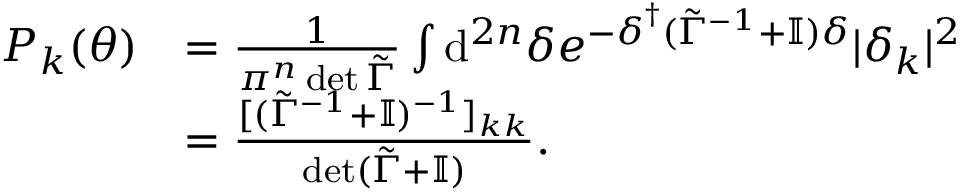
\begin{array} { r l } { P _ { k } ( \boldsymbol { \theta } ) } & { = \frac { 1 } { \pi ^ { n } \det \tilde { \Gamma } } \int \mathrm { d } ^ { 2 n } { \delta } e ^ { - \boldsymbol { \delta } ^ { \dagger } ( \tilde { \Gamma } ^ { - 1 } + \mathbb { I } ) \boldsymbol { \delta } } | \delta _ { k } | ^ { 2 } } \\ & { = \frac { [ ( \tilde { \Gamma } ^ { - 1 } + \mathbb { I } ) ^ { - 1 } ] _ { k k } } { \det ( \tilde { \Gamma } + \mathbb { I } ) } . } \end{array}